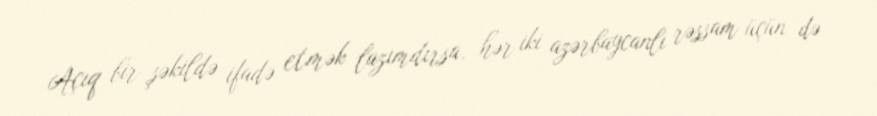
Açıq bir şəkildə ifadə etmək lazımdırsa, hər iki azərbaycanlı rəssam üçün də